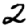
Digit: 2